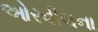
ઓરવીલના